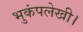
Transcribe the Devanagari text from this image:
भुकंपलेखी।